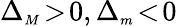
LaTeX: \Delta_{{\scriptscriptstyle M}}\! >\! 0,\Delta_{{\scriptscriptstyle m}}\! <\! 0